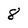
Character: 8